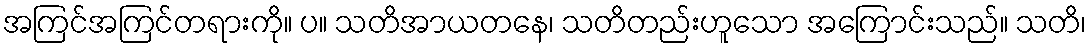
အကြင်အကြင်တရားကို။ ပ။ သတိအာယတနေ၊ သတိတည်းဟူသော အကြောင်းသည်။ သတိ၊